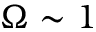
\Omega \sim 1